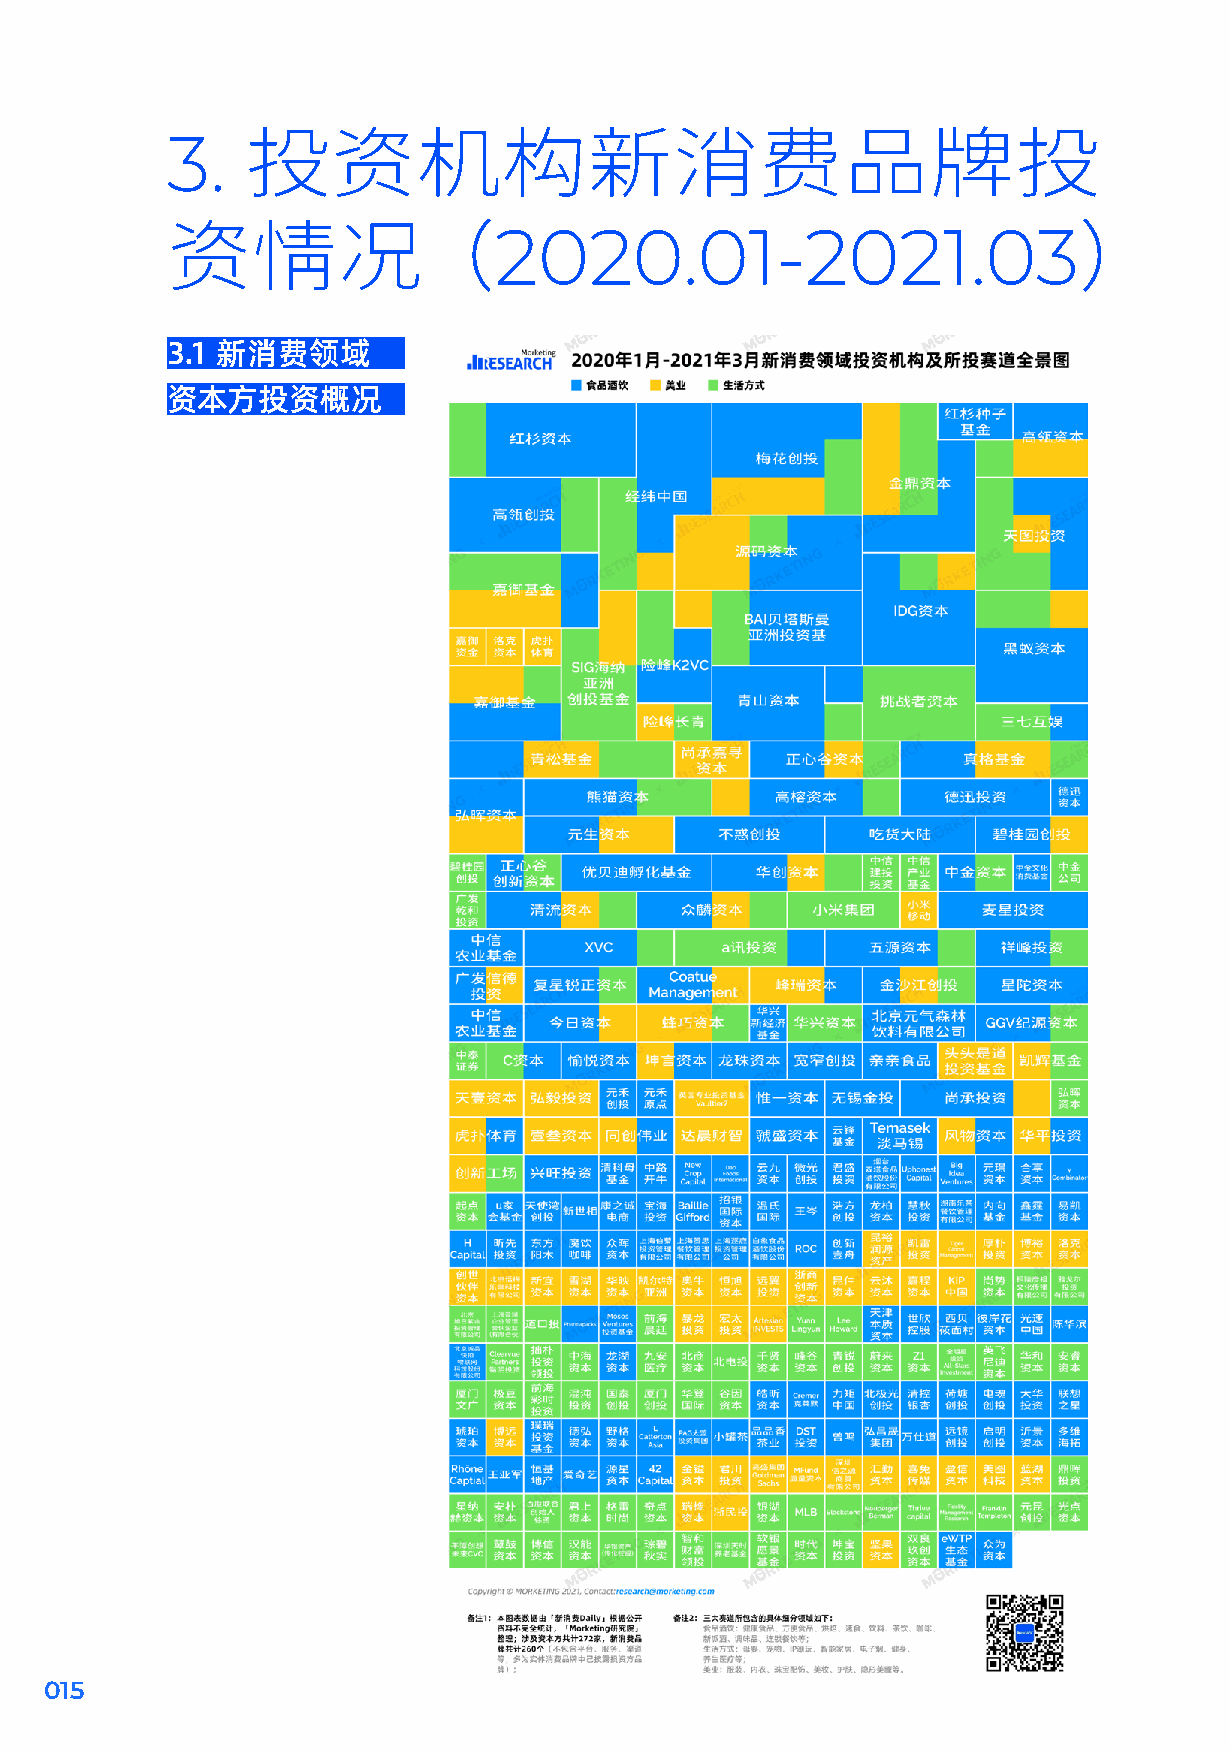
3.
 投资机构新消费品牌投
 2020.01-2021.03
 资情况（                                                        ）
 3.1 新消费领域
 资本方投资概况
 015